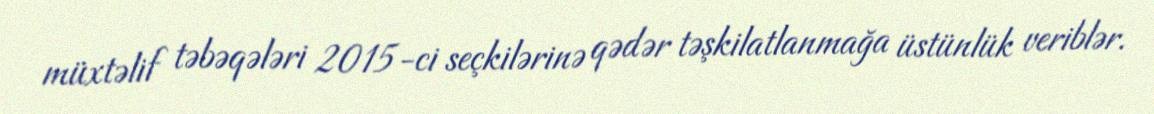
müxtəlif təbəqələri 2015-ci seçkilərinə qədər təşkilatlanmağa üstünlük veriblər.